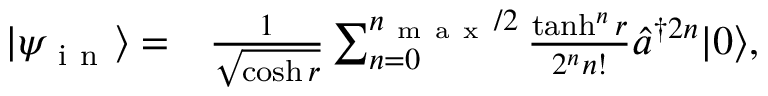
\begin{array} { r l } { \vert \psi _ { \mathrm { ~ i ~ n ~ } } \rangle = } & { { } \frac { 1 } { \sqrt { \cosh { r } } } \sum _ { n = 0 } ^ { n _ { \mathrm { ~ m ~ a ~ x ~ } } / 2 } \frac { \operatorname { t a n h } ^ { n } { r } } { 2 ^ { n } n ! } \hat { a } ^ { \dag 2 n } \vert 0 \rangle , } \end{array}